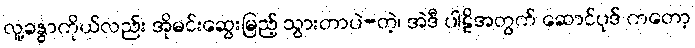
လူ့ခန္ဓာကိုယ်လည်း အိုမင်းဆွေးမြည့် သွားတာပဲ-တဲ့၊ အဲဒီ ပါဠိအတွက် ဆောင်ပုဒ် ကတော့